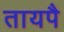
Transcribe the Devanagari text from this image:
तायपै